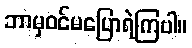
ဘာမှဝင်မပြောရဲကြပါ။